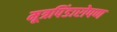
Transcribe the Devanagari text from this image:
मूत्रपिंडारोपण